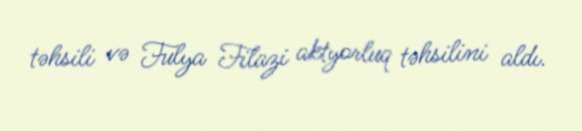
təhsili və Fulya Filazi aktyorluq təhsilini aldı.